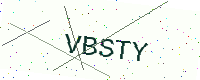
Text: VBSTY